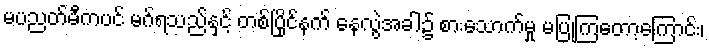
မပညတ်မီကပင် မဂ်ရသည်နှင့် တစ်ပြိုင်နက် နေလွဲအခါ၌ စားသောက်မှု မပြုကြတော့ကြောင်း၊